Report of the Indian Hemp Drugs Commission, 1894-1895 - Volume III
Year: 1894
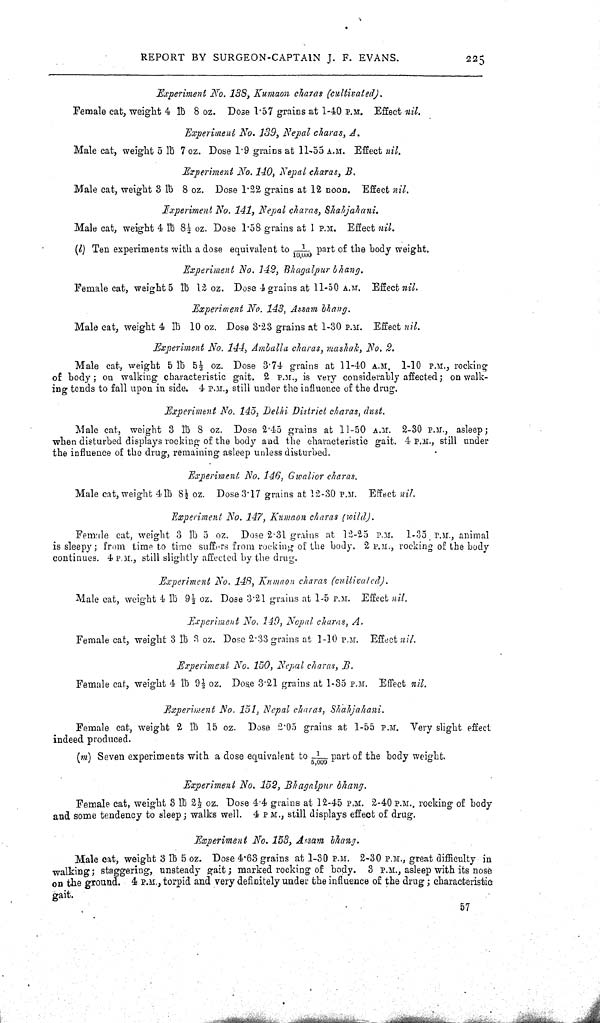
REPORT BY SURGEON-CAPTAIN J. F. EVANS.
225
Experiment No. 138, Kumaon charas (cultivated).
Female cat, weight 4 lb 8 oz. Dose 1.57 grains at 1-40 P.M. Effect nil.
Experiment No. 139, Nepal charas, A.
Male cat, weight 5 lb 7 oz. Dose 1.9 grains at 11-55 A.M. Effect nil.
Experiment No. 140, Nepal charas, B.
Male cat, weight 3 lb 8 oz. Dose 1.22 grains at 12 noon. Effect nil.
Experiment No. 141, Nepal charas, Shahjahani.
Male cat, weight 4 lb 81/2 oz. Dose 1.58 grains at 1 P.M. Effect nil.
(l) Ten experiments with a dose equivalent to 1/10,000 part of the body weight.
Experiment No. 142, Bhagalpur bhang.
Female cat, weight 5 lb 12 oz. Dose 4 grains at 11-50 A.M. Effect nil.
Experiment No. 143, Assam bhang.
Male cat, weight 4 lb 10 oz. Dose 3.23 grains at 1-30 P.M. Effect nil.
Experiment No. 144, Amballa charas, mashak, No. 2.
Male cat, weight 5 lb 51/2 oz. Dose 3.74 grains at 11-40 A.M. 1-10 P.M., rocking
of body; on walking characteristic gait. 2 P.M., is very considerably affected; on walk-
ing tends to fall upon in side. 4 P.M., still under the influence of the drug.
Experiment No. 145, Delhi District charas, dust.
Male cat, weight 3 lb 8 oz. Dose 2.45 grains at 11-50 A.M. 2-30 P.M., asleep;
when disturbed displays rocking of the body and the characteristic gait. 4 P.M., still under
the influence of the drug, remaining asleep unless disturbed.
Experiment No. 146, Gwalior charas.
Male cat, weight 4 lb 81/2 oz. Dose 3.17 grains at 12-30 P.M. Effect nil.
Experiment No. 147, Kumaon charas (wild).
Female cat, weight 3 lb 5 oz. Dose 2.31 grains at 12-25 P.M. 1-35 P.M., animal
is sleepy; from time to time suffers from rocking of the body. 2 P.M., rocking of the body
continues. 4 P.M., still slightly affected by the drug.
Experiment No. 148, Kumaon charas (cultivated).
Male cat, weight 4 lb 9½ oz. Dose 3.21 grains at 1-5 P.M. Effect nil.
Experiment No. 149, Nepal charas, A.
Female cat, weight 3 lb 3 oz. Dose 2.33 grains at 1-10 P.M. Effect nil.
Experiment No. 150, Nepal charas, B.
Female cat, weight 4 lb 91/2 oz. Dose 3.21 grains at 1-35 P.M. Effect nil.
Experiment No. 151, Nepal charas, Shahjahani.
Female cat, weight 2 lb 15 oz. Dose 2.05 grains at 1-55 P.M. Very slight effect
indeed produced.
(m) Seven experiments with a dose equivalent to 1/5,000 part of the body weight.
Experiment No. 152, Bhagalpur bhang.
Female cat, weight 3 lb 21/2 oz. Dose 4.4 grains at 12-45 P.M. 2-40 P.M., rocking of body
and some tendency to sleep; walks well. 4 P.M., still displays effect of drug.
Experiment No. 153, Assam bhang.
Male cat, weight 3 lb 5 oz. Dose 4.63 grains at 1-30 P.M. 2-30 P.M., great difficulty in
walking; staggering, unsteady gait; marked rocking of body. 3 P.M., asleep with its nose
on the ground. 4 P.M., torpid and very definitely under the influence of the drug; characteristic
gait.
57